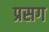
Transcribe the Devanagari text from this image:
प्रसग